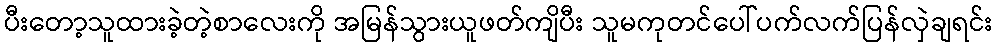
ပီးတော့သူထားခဲ့တဲ့စာလေးကို အမြန်သွားယူဖတ်ကျိပီး သူမကုတင်ပေါ်ပက်လက်ပြန်လှဲချရင်း